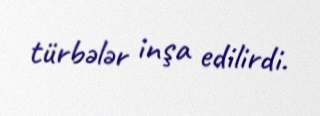
türbələr inşa edilirdi.